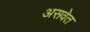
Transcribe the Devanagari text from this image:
असवेत